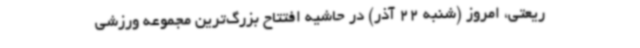
ریعتی، امروز (شنبه 22 آذر) در حاشیه افتتاح بزرگ‌ترین مجموعه ورزشی